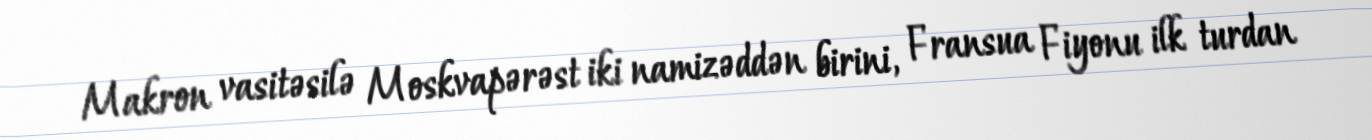
Makron vasitəsilə Moskvapərəst iki namizəddən birini, Fransua Fiyonu ilk turdan